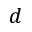
d